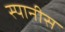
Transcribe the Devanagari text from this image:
स्पानीस